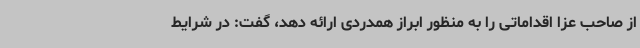
از صاحب عزا اقداماتی را به منظور ابراز همدردی ارائه دهد، گفت: در شرایط